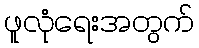
ဖူလုံရေးအတွက်